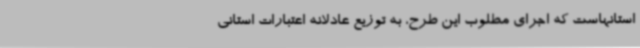
استانهاست که اجرای مطلوب این طرح، به توزیع عادلانه اعتبارات استانی